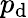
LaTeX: p_{\mathrm{d}}